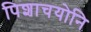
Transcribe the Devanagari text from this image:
पिशाचयोनि